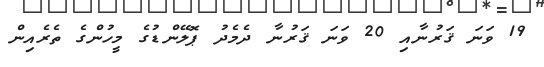
19 ވަނަ ޤަރުނާއި 20 ވަނަ ޤަރުނާ ދެމެދު ޕޮލޭންޑުގެ މީހުންގެ ތެރެއިން